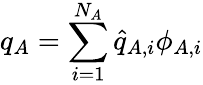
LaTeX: q_{A}=\sum_{i=1}^{N_{A}}\widehat{q}_{A,i}\phi_{A,i}